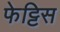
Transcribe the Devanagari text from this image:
फेट्टिस